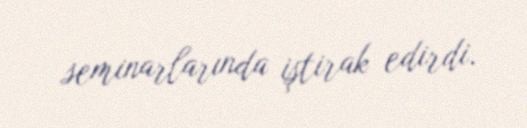
seminarlarında iştirak edirdi.